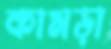
কামড়া